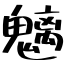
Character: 魑